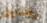
رجلين